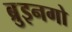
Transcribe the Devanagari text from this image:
ब्रुइनगो